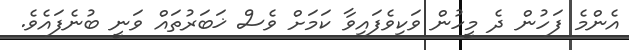
އެންމެ ފަހުން ދެ މީހުން ވަކިވެފައިވާ ކަމަށް ވެސް ޚަބަރުތައް ވަނީ ބުނެފައެވެ.